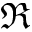
\Re